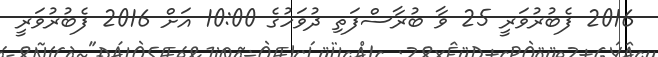
2016 ފެބުރުވަރީ 25 ވާ ބުރާސްފަތި ދުވަހުގެ 10:00 އަށް 2016 ފެބުރުވަރީ